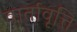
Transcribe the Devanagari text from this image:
वार्तावृत्ति